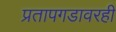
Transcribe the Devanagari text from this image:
प्रतापगडावरही